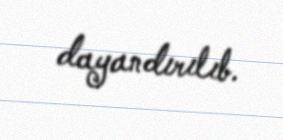
dayandırılıb.